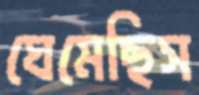
ঘেমেছিস